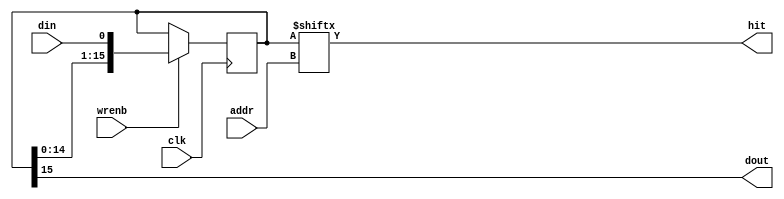
module trigterm_4bit (
  input  wire  [3:0] addr,
  input  wire        clk,
  input  wire        wrenb,
  input  wire        din,
  output wire        dout,
  output wire        hit
);
reg [15:0] mem;
always @(posedge clk)
if (wrenb) mem <= {mem, din};
assign hit  = mem[addr];
assign dout = mem[15];
endmodule